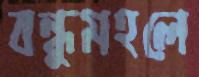
বন্ধুমহলে